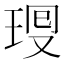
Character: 𤥜